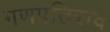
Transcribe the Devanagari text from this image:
गणपतिराव